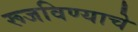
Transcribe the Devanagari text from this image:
रूजविण्याचे